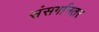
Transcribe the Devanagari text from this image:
संसर्गानतर